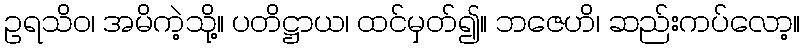
ဥရသိဝ၊ အမိကဲ့သို့။ ပတိဋ္ဌာယ၊ ထင်မှတ်၍။ ဘဇေဟိ၊ ဆည်းကပ်လော့။